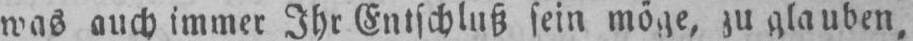
was auch immer Ihr Entschluß sein möge, zu glauben,